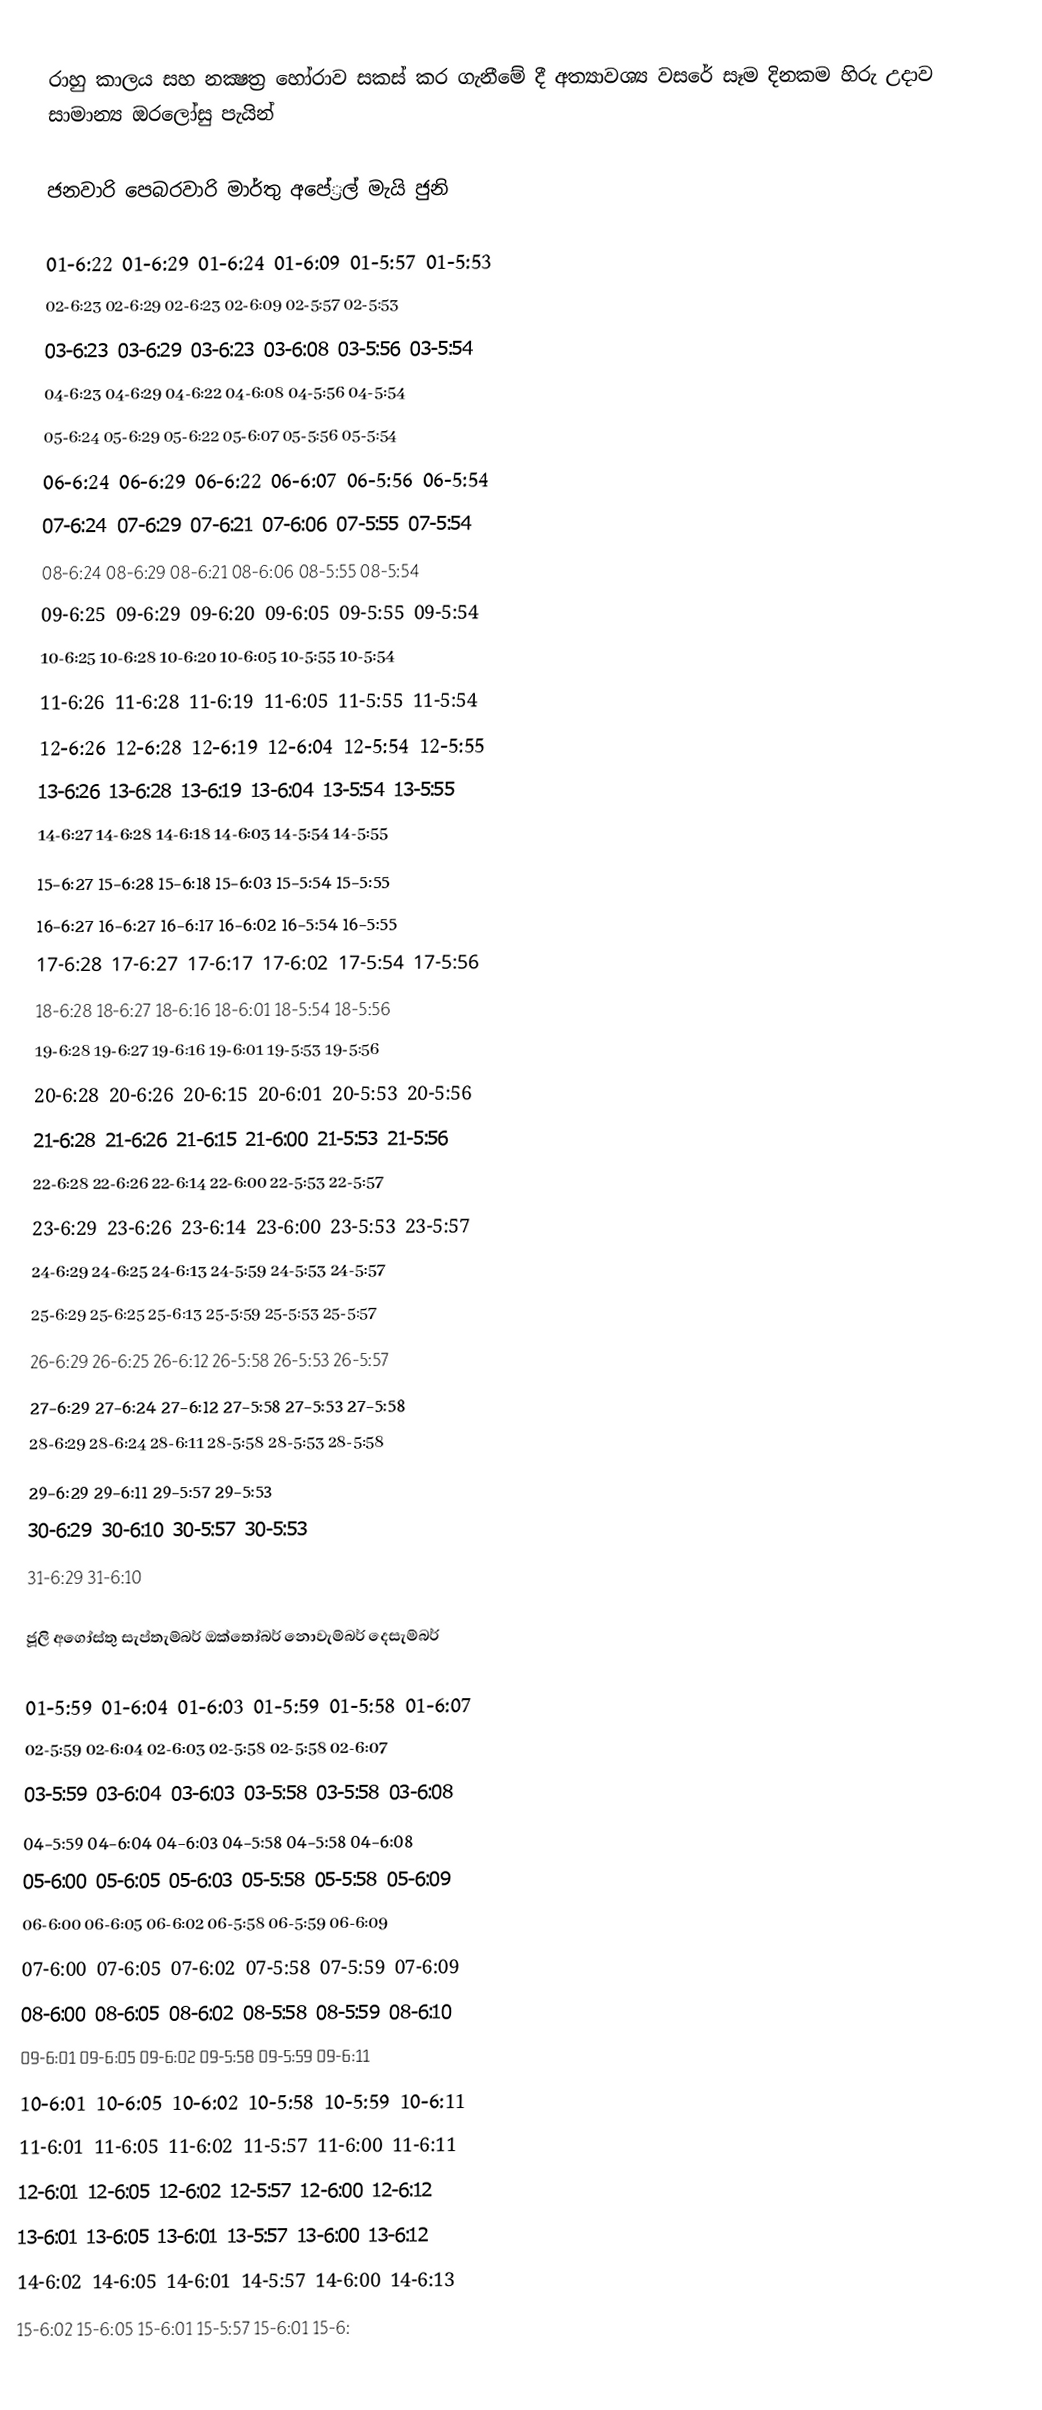
රාහු කාලය සහ නක්‍ෂත‍්‍ර හෝරාව සකස් කර ගැනීමේ දී අත්‍යාවශ්‍ය වසරේ සෑම දිනකම හිරු උදාව සාමාන්‍ය ඔරලෝසු පැයින්

ජනවාරි	   පෙබරවාරි	  මාර්තු	     අපේ‍්‍රල්	    මැයි	     ජුනි

01-6:22	01-6:29	01-6:24	01-6:09	01-5:57	01-5:53
02-6:23	02-6:29	02-6:23	02-6:09	02-5:57	02-5:53
03-6:23	03-6:29	03-6:23	03-6:08	03-5:56	03-5:54
04-6:23	04-6:29	04-6:22	04-6:08	04-5:56	04-5:54
05-6:24	05-6:29	05-6:22	05-6:07	05-5:56	05-5:54
06-6:24	06-6:29	06-6:22	06-6:07	06-5:56	06-5:54
07-6:24	07-6:29	07-6:21	07-6:06	07-5:55	07-5:54
08-6:24	08-6:29	08-6:21	08-6:06	08-5:55	08-5:54
09-6:25	09-6:29	09-6:20	09-6:05	09-5:55	09-5:54
10-6:25	10-6:28	10-6:20	10-6:05	10-5:55	10-5:54
11-6:26	11-6:28	11-6:19	11-6:05	11-5:55	11-5:54
12-6:26	12-6:28	12-6:19	12-6:04	12-5:54	12-5:55
13-6:26	13-6:28	13-6:19	13-6:04	13-5:54	13-5:55
14-6:27	14-6:28	14-6:18	14-6:03	14-5:54	14-5:55
15-6:27	15-6:28	15-6:18	15-6:03	15-5:54	15-5:55
16-6:27	16-6:27	16-6:17	16-6:02	16-5:54	16-5:55
17-6:28	17-6:27	17-6:17	17-6:02	17-5:54	17-5:56
18-6:28	18-6:27	18-6:16	18-6:01	18-5:54	18-5:56
19-6:28	19-6:27	19-6:16	19-6:01	19-5:53	19-5:56
20-6:28	20-6:26	20-6:15	20-6:01	20-5:53	20-5:56
21-6:28	21-6:26	21-6:15	21-6:00	21-5:53	21-5:56
22-6:28	22-6:26	22-6:14	22-6:00	22-5:53	22-5:57
23-6:29	23-6:26	23-6:14	23-6:00	23-5:53	23-5:57
24-6:29	24-6:25	24-6:13	24-5:59	24-5:53	24-5:57
25-6:29	25-6:25	25-6:13	25-5:59	25-5:53	25-5:57
26-6:29	26-6:25	26-6:12	26-5:58	26-5:53	26-5:57
27-6:29	27-6:24	27-6:12	27-5:58	27-5:53	27-5:58
28-6:29	28-6:24	28-6:11	28-5:58	28-5:53	28-5:58
29-6:29	 		29-6:11	29-5:57	29-5:53
30-6:29	 		30-6:10	30-5:57	30-5:53
31-6:29	 		31-6:10

ජූලි	      අගෝස්තු	  සැප්තැම්බර්	 ඔක්තෝබර්	 නොවැම්බර්	 දෙසැම්බර්

01-5:59	01-6:04	01-6:03	01-5:59	01-5:58	01-6:07
02-5:59	02-6:04	02-6:03	02-5:58	02-5:58	02-6:07
03-5:59	03-6:04	03-6:03	03-5:58	03-5:58	03-6:08
04-5:59	04-6:04	04-6:03	04-5:58	04-5:58	04-6:08
05-6:00	05-6:05	05-6:03	05-5:58	05-5:58	05-6:09
06-6:00	06-6:05	06-6:02	06-5:58	06-5:59	06-6:09
07-6:00	07-6:05	07-6:02	07-5:58	07-5:59	07-6:09
08-6:00	08-6:05	08-6:02	08-5:58	08-5:59	08-6:10
09-6:01	09-6:05	09-6:02	09-5:58	09-5:59	09-6:11
10-6:01	10-6:05	10-6:02	10-5:58	10-5:59	10-6:11
11-6:01	11-6:05	11-6:02	11-5:57	11-6:00	11-6:11
12-6:01	12-6:05	12-6:02	12-5:57	12-6:00	12-6:12
13-6:01	13-6:05	13-6:01	13-5:57	13-6:00	13-6:12
14-6:02	14-6:05	14-6:01	14-5:57	14-6:00	14-6:13
15-6:02	15-6:05	15-6:01	15-5:57	15-6:01	15-6: